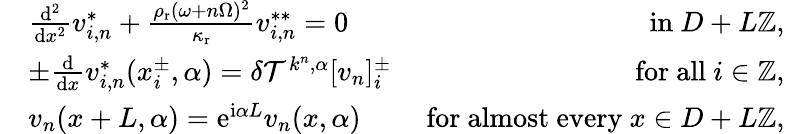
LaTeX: \begin{array}{rlr}&{\frac{\mathrm{d}^{2}}{\mathrm{d}x^{2}}v_{i,n}^{*}+\frac{\rho_{\mathrm{r}}(\omega+n\Omega)^{2}}{\kappa_{\mathrm{r}}}v_{i,n}^{**}=0}&{\mathrm{~in~}D+L\mathbb{Z},}\\ &{\pm\frac{\mathrm{d}}{\mathrm{d}x}v_{i,n}^{*}(x_{i}^{\pm},\alpha)=\delta\mathcal{T}^{k^{n},\alpha}[v_{n}]_{i}^{\pm}}&{\mathrm{~for~all~}i\in\mathbb{Z},}\\ &{v_{n}(x+L,\alpha)=\mathrm{e}^{\mathrm{i}\alpha L}v_{n}(x,\alpha)}&{\mathrm{~for~almost~every~}x\in D+L\mathbb{Z},}\end{array}